Vaccination United Provinces of Agra and Oudh 1923-1928 - 1923-1928
Year: 1923
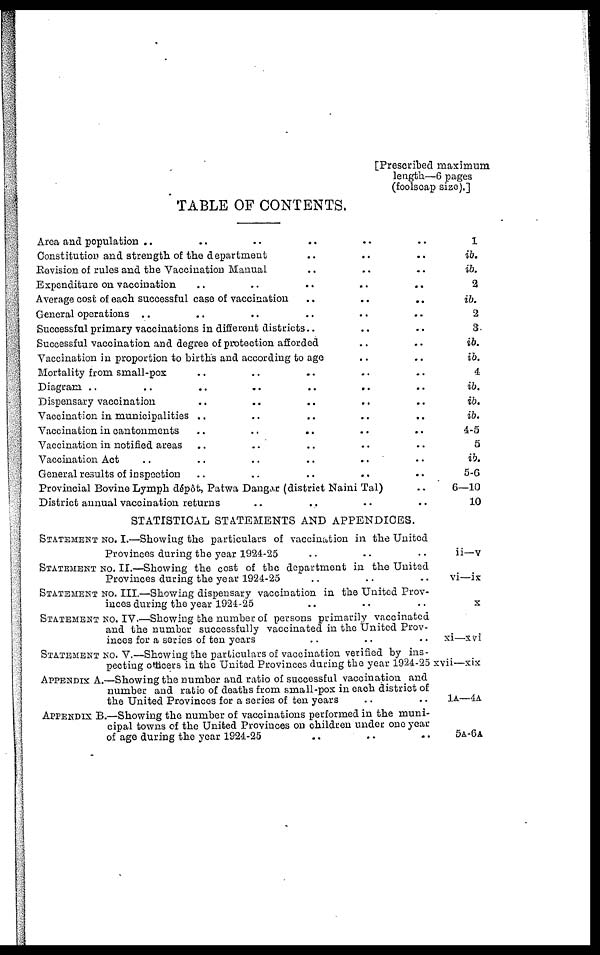
[Prescribed maximum
length—6 pages
(foolscap size).]
TABLE OF CONTENTS.
Area and population .. .. .. .. ..
Constitution and strength of the department .. .. .. ..
Revision of rules and the Vaccination Manual .. .. .. ..
Expenditure on vaccination .. .. .. ..
Average cost of each successful case of vaccination
..
..
..
..
General operations .. .. .. .. ..
Successful primary vaccinations in different districts .. .. .. ..
Successful vaccination and degree of protection afforded .. .. .. ..
Vaccination in proportion to births and according to age .. .. ..
Mortality from small-pox .. .. .. ..
Diagram .. .. ..
Dispensary vaccination .. .. .. .. ..
Vaccination in municipalities .. .. .. .. ..
Vaccination in cantonments .. .. .. .. .. ..
Vaccination in notified areas .. .. .. .. ..
Vaccination Act .. .. .. .. .. ..
General results of inspection .. .. .. .. ..
Provincial Bovine Lymph dépôt, Patwa Dangar (district Naini Tal)
District annual vaccination returns .. .. .. ..
STATISTICAL STATEMENTS AND APPENDICES.
STATEMENT No. I.—Showing the particulars of vaccination in the United
Provinces during the year 1924-25 .. .. .. ..
STATEMENT No. II.—Showing the cost of the department in the United
Provinces during the year 1924-25 .. .. .. ..
STATEMENT No. III.—Showing dispensary vaccination in the United Prov-
inces during the year 1924-25 .. .. .. ..
STATEMENT No. IV.—Showing the number of persons primarily vaccinated
and the number successfully vaccinated in the United Prov-
inces for a series of ten years .. .. .. ..
STATEMENT No. V.—Showing the particulars of vaccination verified by ins-
pecting officers in the United Provinces during the year 1924-25
APPENDIX A.—Showing the number and ratio of successful vaccination and
number and ratio of deaths from small-pox in each district of
the United Provinces for a series of ten years .. ..
APPENDIX B.—Showing the number of vaccinations performed in the muni-
cipal towns of the United Provinces on children under one year
of age during the year 1924-25 .. .. .. ..
1
ib.
ib.
2
ib.
2
3
ib.
ib.
4
ib.
ib.
ib.
4-5
5
ib.
5-6
6—10
10
ii—v
vi—ix
x
xi—xvi
xvii—xix
1A—4A
5A-6A